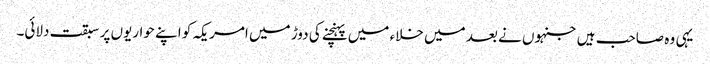
یہی وہ صاحب ہیں جنہوں نے بعد میں خلاء میں پہنچنے کی دوڑ میں امریکہ کو اپنے حواریوں پر سبقت دلائی۔